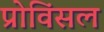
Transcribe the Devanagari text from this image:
प्रोविंसल